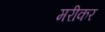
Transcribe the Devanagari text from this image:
मरीकर